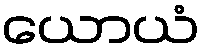
ယောယံ